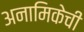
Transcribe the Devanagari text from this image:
अनामिकेची